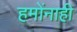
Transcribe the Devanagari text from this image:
हमोंनाही